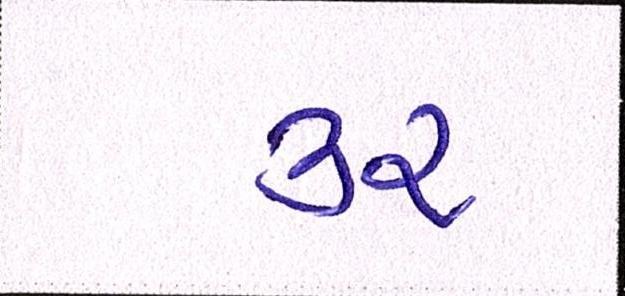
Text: ૩૨